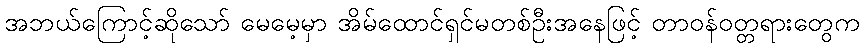
အဘယ်ကြောင့်ဆိုသော် မေမေ့မှာ အိမ်ထောင်ရှင်မတစ်ဦးအနေဖြင့် တာဝန်ဝတ္တရားတွေက